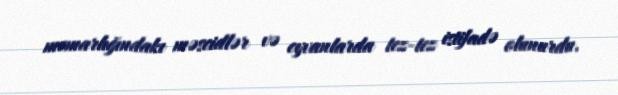
memarlığındakı məscidlər və eyvanlarda tez-tez istifadə olunurdu.